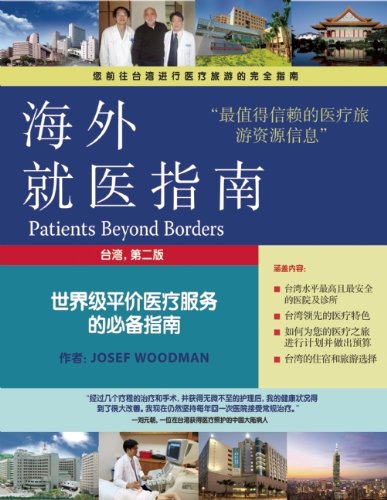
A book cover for Patients Beyond Borders: Taiwan (Chinese Edition); Josef Woodman; Travel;